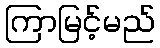
ကြာမြင့်မည်